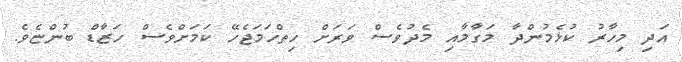
އަދި މިހާރު ކުޅެމުންދާ މަގާމާއި މެދުވެސް ވަރަށް ހިތްހަމަޖެހޭ ކަމަށްވެސް ހަޒާޑް ބުންޏެވެ.